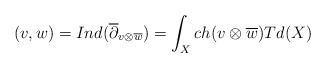
\begin{align*}(v,w)=Ind(\overline{\partial}_{v\otimes\overline{w}}) =\int_X ch(v\otimes\overline{w})Td(X)\end{align*}